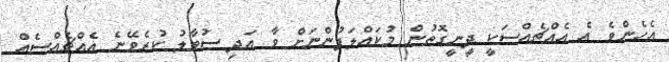
އެހެންވެ އެ އެއްޗެއްސަކީ ދީނީގޮތުން މުކައްލަފުންނަށް ވާ އަދި ސުވާލު ކުރެވޭނެ އެއްޗެއްސެއް